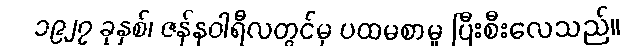
၁၉၂၇ ခုနှစ်၊ ဇန်နဝါရီလတွင်မှ ပထမစာမူ ပြီးစီးလေသည်။